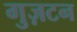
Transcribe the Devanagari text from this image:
गुज़टन